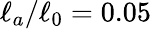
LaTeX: \ell_{a}/\ell_{0}=0.05